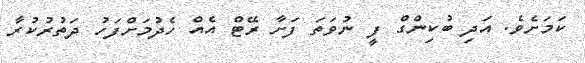
ކަަމަށެވެ. އަދި ބުކިންގް ފީ ނުވަތަ ފަށާ ރޭޓް އެއް ހެދުމަށްފަހު ދަތުރުކުރާ